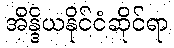
အိန္ဒိယနိုင်ငံဆိုင်ရာ